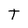
Character: T